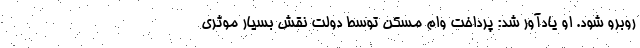
روبرو شود. او یادآور شد: پرداخت وام مسکن توسط دولت نقش بسیار موثری